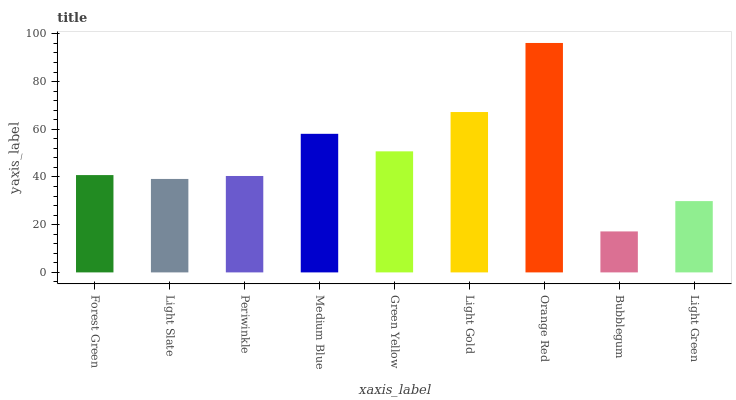
| xaxis_label | bars |
 | --- | --- |
 | Forest Green | 40.8 |
 | Light Slate | 39.2 |
 | Periwinkle | 40.4 |
 | Medium Blue | 58.1 |
 | Green Yellow | 50.8 |
 | Light Gold | 67.2 |
 | Orange Red | 96.2 |
 | Bubblegum | 17.2 |
 | Light Green | 29.9 |